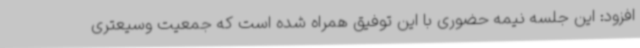
افزود: این جلسه نیمه حضوری با این توفیق همراه شده است که جمعیت وسیعتری